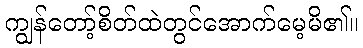
ကျွန်တော့်စိတ်ထဲတွင်အောက်မေ့မိ၏။